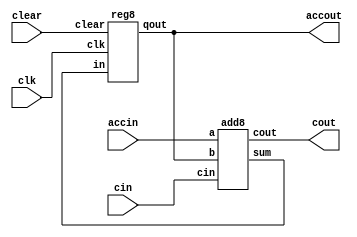
module acc(accout,cout,accin,cin,clk,clear);
output[7:0] accout;
output cout;
input[7:0] accin;
input cin,clk,clear;
wire[7:0] sum;

add8 accadd8(sum,cout,accout,accin,cin);
reg8 accreg8(accout,sum,clk,clear);

endmodule

module add8(sum,cout,b,a,cin);
output[7:0] sum;
output cout;
input[7:0] a,b;
input cin;
assign {cout,sum}=a+b+cin;
endmodule

module reg8(qout,in,clk,clear);
output[7:0] qout;
input[7:0] in;
input clk,clear;
reg[7:0] qout;
always @(posedge clk or posedge clear)
    begin
	if(clear)  	qout=0;
	else  		qout=in;
    end
endmodule